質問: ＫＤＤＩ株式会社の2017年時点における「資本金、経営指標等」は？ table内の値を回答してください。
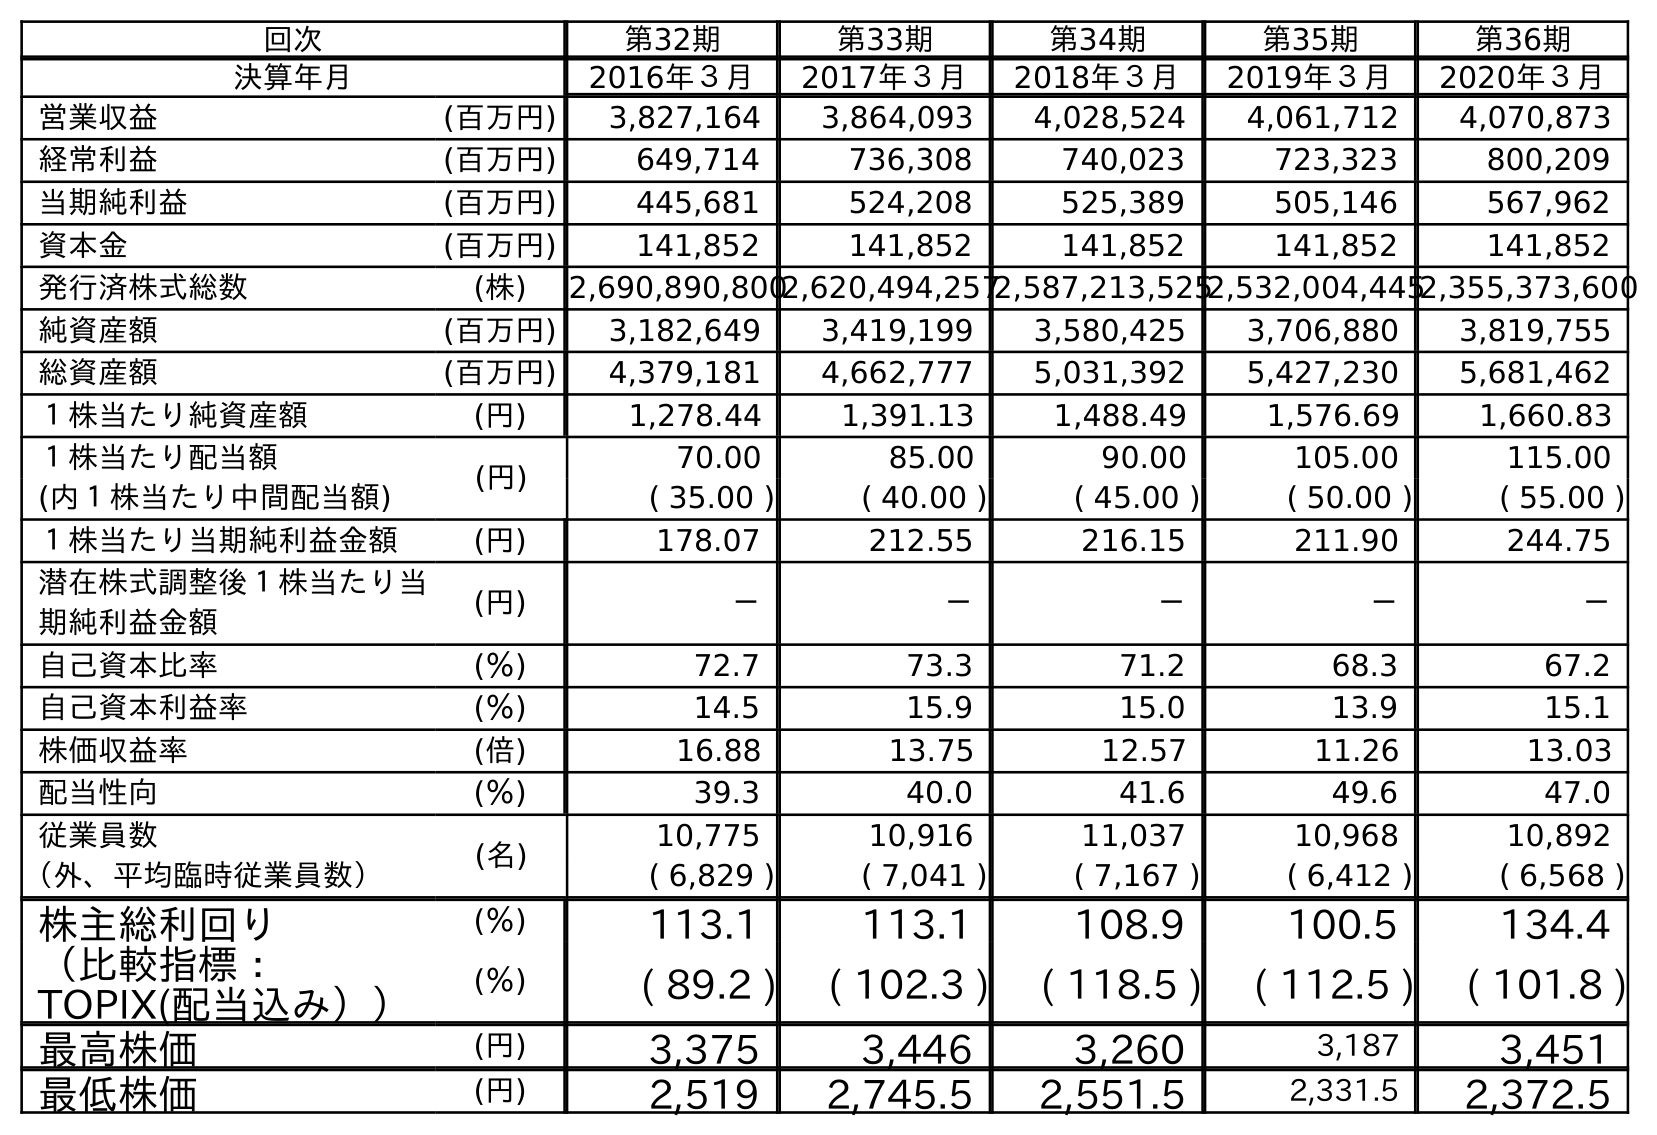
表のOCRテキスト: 回次 第32期 第33期 第34期 第35期 第36期 決算年月 2016年３月 2017年３月 2018年３月 2019年３月 2020年３月 営業収益 (百万円) 3,827,164 3,864,093 4,028,524 4,061,712 4,070,873 経常利益 (百万円) 649,714 736,308 740,023 723,323 800,209 当期純利益 (百万円) 445,681 524,208 525,389 505,146 567,962 資本金 (百万円) 141,852 141,852 141,852 141,852 141,852 発行済株式総数 (株) 2,690,890,8002,620,494,2572,587,213,5252,532,004,4452,355,373,600 純資産額 (百万円) 3,182,649 3,419,199 3,580,425 3,706,880 3,819,755 総資産額 (百万円) 4,379,181 4,662,777 5,031,392 5,427,230 5,681,462 １株当たり純資産額 (円) 1,278.44 1,391.13 1,488.49 1,576.69 1,660.83 １株当たり配当額 (円) 70.00 85.00 90.00 105.00 115.00 (内１株当たり中間配当額) ( 35.00 ) ( 40.00 ) ( 45.00 ) ( 50.00 ) ( 55.00 ) １株当たり当期純利益金額 (円) 178.07 212.55 216.15 211.90 244.75 潜在株式調整後１株当たり当 期純利益金額 (円) － － － － － 自己資本比率 (％) 72.7 73.3 71.2 68.3 67.2 自己資本利益率 (％) 14.5 15.9 15.0 13.9 15.1 株価収益率 (倍) 16.88 13.75 12.57 11.26 13.03 配当性向 (％) 39.3 40.0 41.6 49.6 47.0 従業員数 (名) 10,775 10,916 11,037 10,968 10,892 （外、平均臨時従業員数） ( 6,829 ) ( 7,041 ) ( 7,167 ) ( 6,412 ) ( 6,568 ) 株主総利回り (％) 113.1 113.1 108.9 100.5 134.4 （比較指標： TOPIX(配当込み）） (％) ( 89.2 ) ( 102.3 ) ( 118.5 ) ( 112.5 ) ( 101.8 ) 最高株価 (円) 3,375 3,446 3,260 3,187 3,451 最低株価 (円) 2,519 2,745.5 2,551.5 2,331.5 2,372.5
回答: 141,852